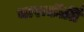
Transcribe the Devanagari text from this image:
चारूकीर्ति